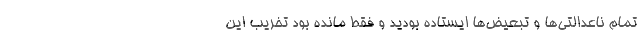
تمام ناعدالتی‌ها و تبعیض‌ها ایستاده بودید و فقط مانده بود تخریب این